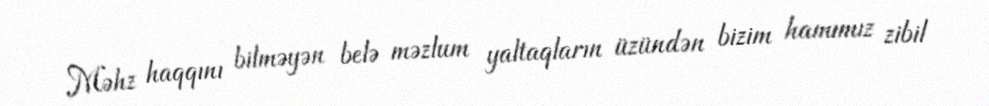
Məhz haqqını bilməyən belə məzlum yaltaqların üzündən bizim hamımız zibil